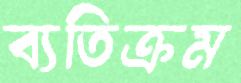
ব্যতিক্রম